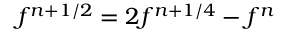
f ^ { n + 1 / 2 } = 2 f ^ { n + 1 / 4 } - f ^ { n }